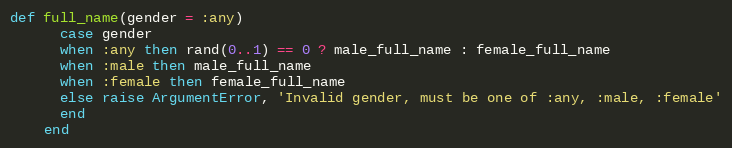
Language: Ruby
def full_name(gender = :any)
      case gender
      when :any then rand(0..1) == 0 ? male_full_name : female_full_name
      when :male then male_full_name
      when :female then female_full_name
      else raise ArgumentError, 'Invalid gender, must be one of :any, :male, :female'
      end
    end